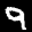
Label: 9